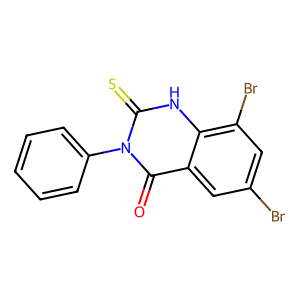
SMILES: O=c1c2cc(Br)cc(Br)c2[nH]c(=S)n1-c1ccccc1
Inhibits HIV replication: No